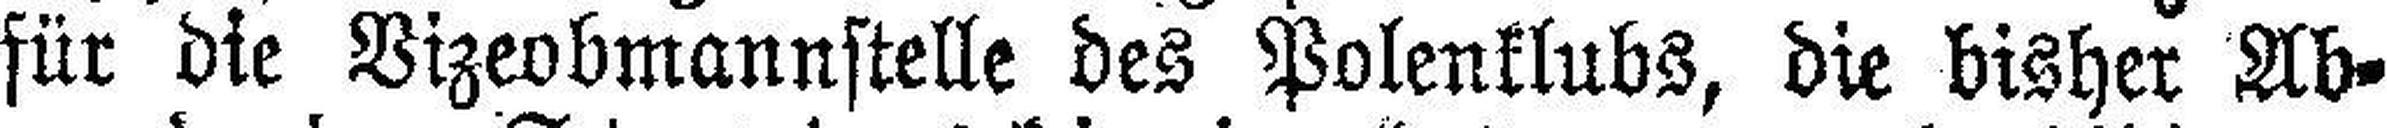
für die Vizeobmannstelle des Polenklubs, die bisher Ab¬